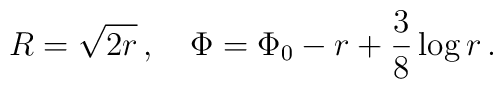
R = \sqrt{2r}\,, \quad \Phi = \Phi_0 - r + \frac{3}{8} \log r\,.